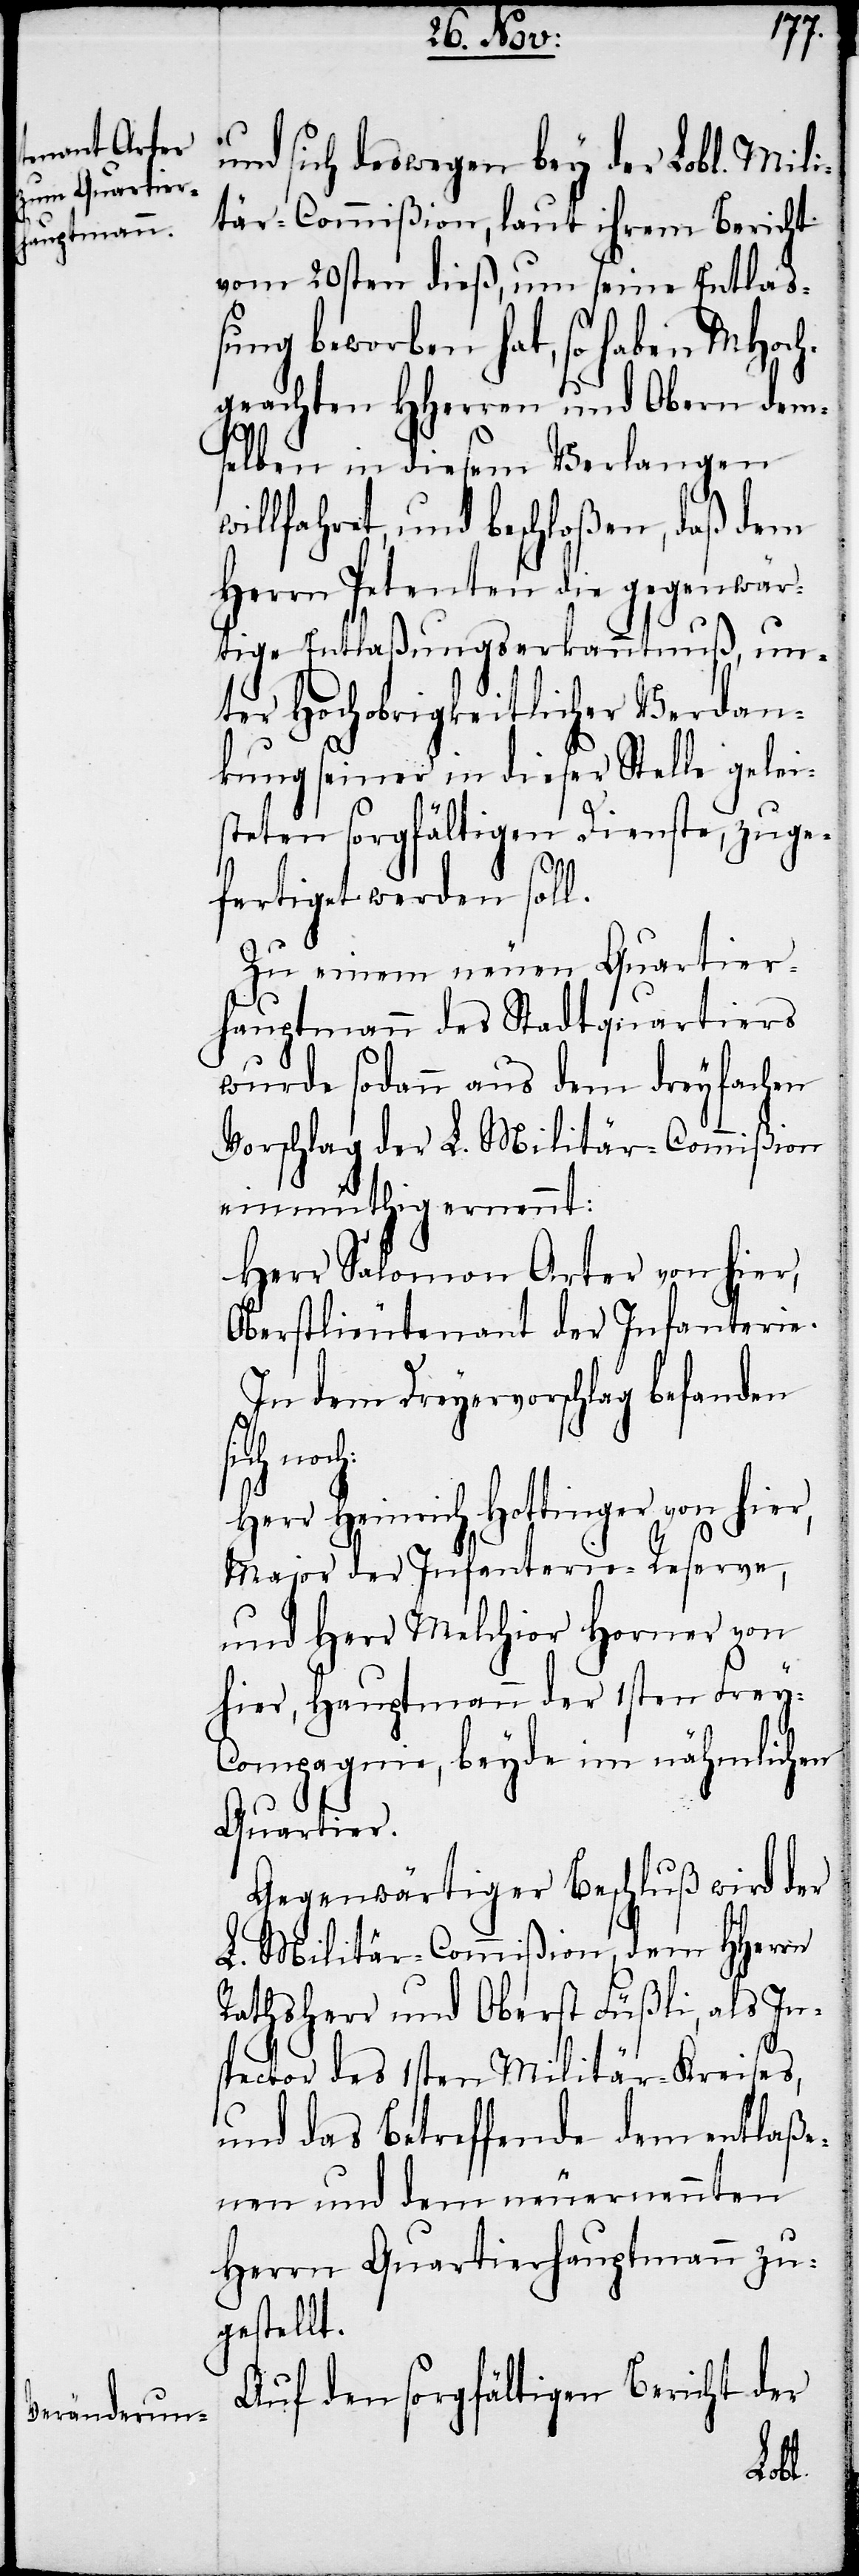
und sich deswegen bey der Lobl. Mili¬
tär-Commißion, laut ihrem Bericht
vom 20sten dieß, um seine Entlaß¬
ung beworben hat, so haben MHoch¬
geachten HHerren und Obern dem¬
selben in diesem Verlangen
willfahret, und beschloßen, daß dem
Herrn Petenten die gegenwär¬
tige Entlaßungserkanntnuß, un¬
ter Hochobrigkeitlicher Verdan¬
kung seiner in dieser Stelle gelei¬
steten sorgfältigen Dienste, zuge¬
fertiget werden soll.
Zu einem neuen Quartier¬
hauptmann des Stadtquartiers
wurde sodann aus dem dreyfachen
Vorschlag der L. Militär-Commißion
einmüthig ernennt:
Herr Salomon Arter von hier,
Oberstlieutenant der Infanterie.
In dem Dreyervorschlag befanden
sich
Herr Heinrich Hottinger von hier,
Major der Infanterie-Reserve,
und Herr Melchior Horner von
hier, Hauptmann der 1sten Frey-C¬
ompagnie, beyde im nähmlichen
Quartier.
Gegenwärtiger Beschluß wird der
L. Militär-Commißion, dem HHerrn
Rathsherr und Oberst Füßli, als In¬
spector des 1sten Militär-Kreises,
und das Betreffende dem entlaße¬
nen und dem neuernennten
Herrn Quartierhauptmann zu¬
gestellt.
Auf den sorgfältigen Bericht der
noch: